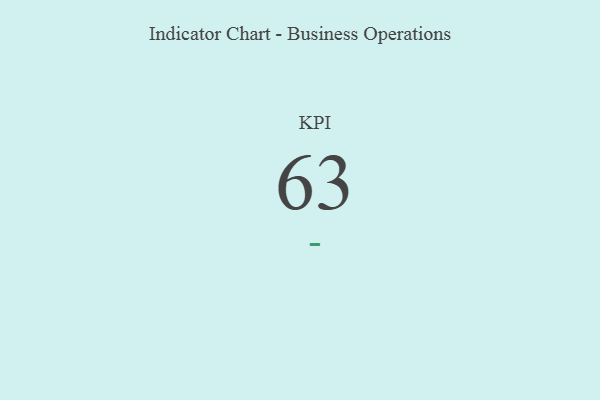
{"axis": {"x": "KPI", "y": "Value"}, "legend": [""], "data": [{"x": "KPI", "y": 63, "type": ""}]}